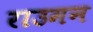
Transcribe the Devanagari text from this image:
राउमन